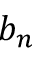
b _ { n }